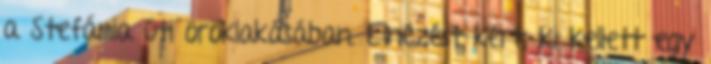
a Stefánia úti öröklakásában. Elnézést kért, ki kellett egy